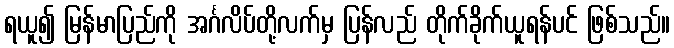
ရယူ၍ မြန်မာပြည်ကို အင်္ဂလိပ်တို့လက်မှ ပြန်လည် တိုက်ခိုက်ယူရန်ပင် ဖြစ်သည်။